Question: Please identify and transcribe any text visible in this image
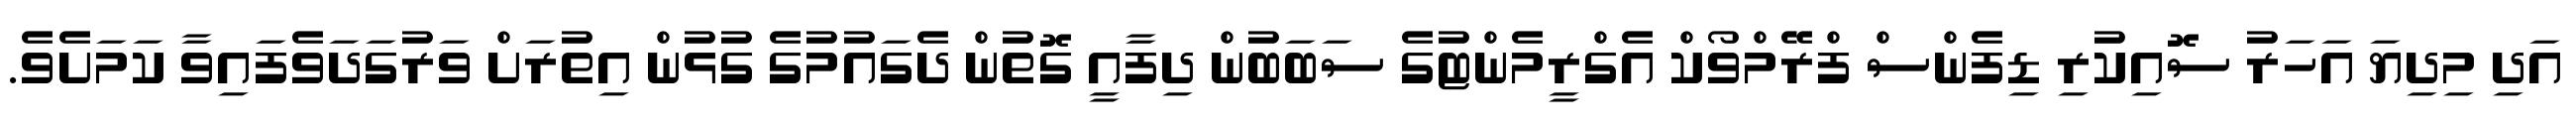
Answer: އަދި މިދިޔަ އަހަރު ސޮއިކުރި ޑިފެންސް ފްރޭމްވޯކް އެގްރީމެންޓުގެ ސަބަބުން ދިފާއީ ގޮތުން ދެގައުމުގެ ގުޅުން އިތުރަށް ވަރުގަދަވެފައިވާ ކަމަށެވެ.